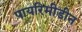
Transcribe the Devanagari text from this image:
पायरिमीडीन